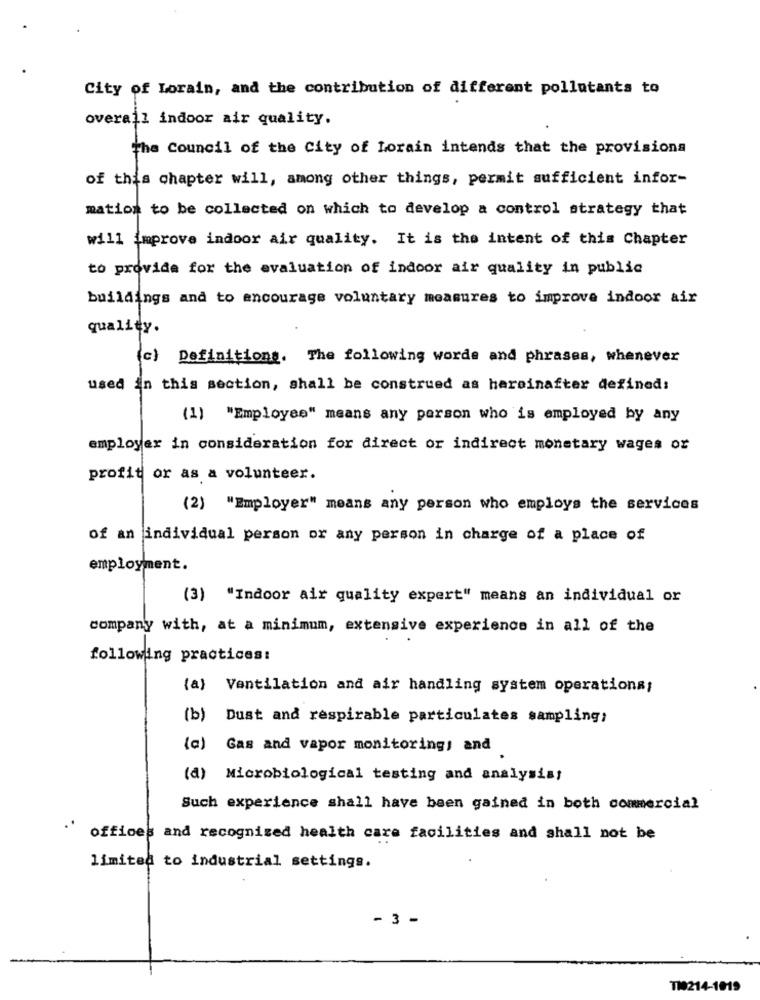
City of Lorain, and the contribution of different pollutants to
overall indoor air quality.
the Council of the City of Lorain intends that the provisions
of this chapter will, among other things, permit sufficient infor-
mation to be collected on which to develop a control strategy that
will improve indoor air quality. It is the intent of this Chapter
to provide for the evaluation of indoor air quality in public
buildings and to encourage voluntary measures to improve indoor air
quality.
(c) Definitiong. The following words and phrases, whenever
used in this section, shall be construed as hareinafter defined:
(1) "Employee" means any person who is employed by any
employer in consideration for direct or indirect monetary wages or
profit or as a volunteer.
(2) "Employer" means any person who employs the services
of an individual person or any person in charge of a place of
employment.
(3) "Indoor air quality expert" means an individual or
company with, at a minimum, extensive experience in all of the
following practices:
(a) Ventilation and air handling system operations;
(b)
Dust and respirable particulates sampling;
(a)
Gas and vapor monitoring; and
(d) Microbiological testing and analysis;
Such experience shall have been gained in both commercial
offices and recognized health care facilities and shall not be
limited to industrial settings.
- 3 -
110214-1019